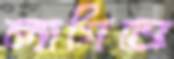
লাগিতে